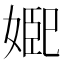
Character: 𭒆